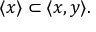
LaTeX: \langle x \rangle \subset \langle x , y \rangle .